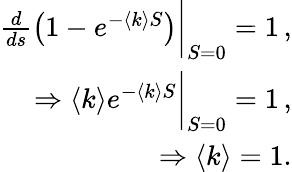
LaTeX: \begin{array}{r}{\frac{d}{ds}\left(1-e^{-\langle k\rangle S}\right)\bigg\vert_{S=0}=1\, ,}\\ {\Rightarrow\langle k\rangle e^{-\langle k\rangle S}\bigg\vert_{S=0}=1\, ,}\\ {\Rightarrow\langle k\rangle=1.}\end{array}